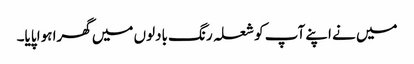
میں نے اپنے آپ کو شعلہ رنگ بادلوں میں گھرا ہوا پایا۔